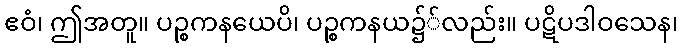
ဧဝံ၊ ဤအတူ။ ပဉ္စကနယေပိ၊ ပဉ္စကနယ၌်လည်း။ ပဋိပဒါဝသေန၊